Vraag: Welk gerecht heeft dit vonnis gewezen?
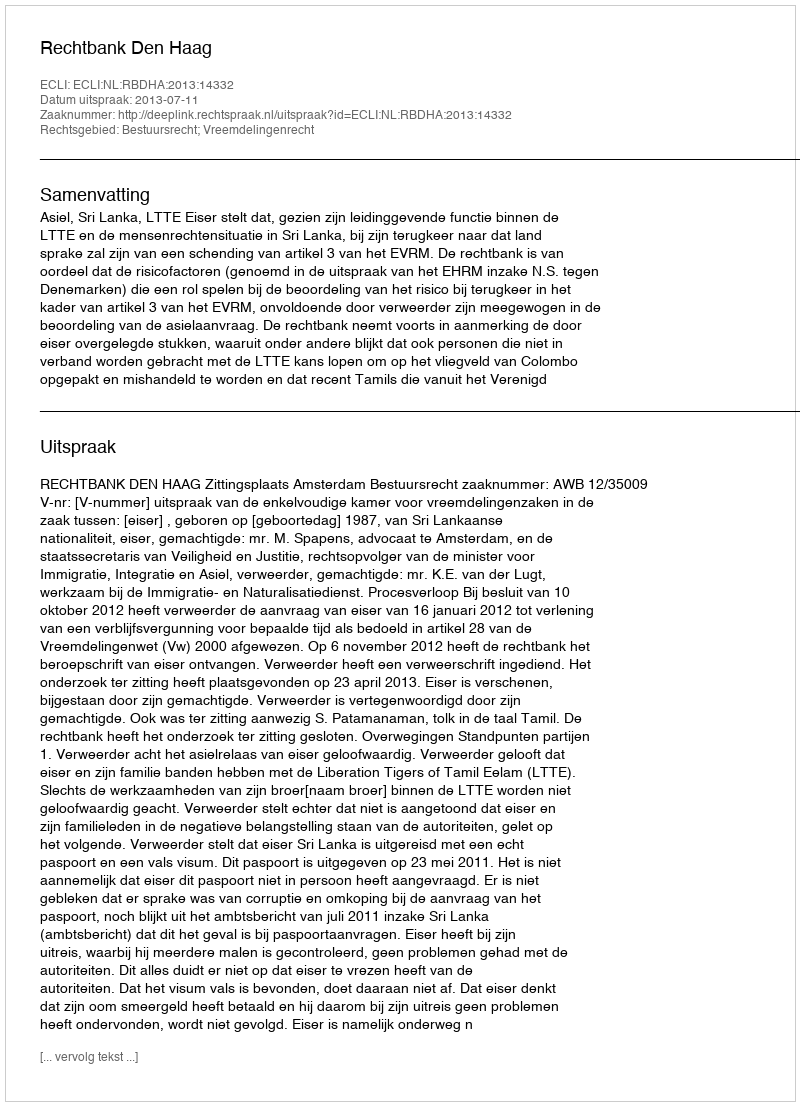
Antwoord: Rechtbank Den Haag